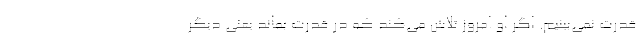
قدرت نمی‌بینیم. اگر او امروز تلاش می‌کند که در قدرت بماند یعنی دیگر